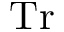
\mathrm { T r }